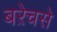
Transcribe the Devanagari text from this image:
बऱेचसे